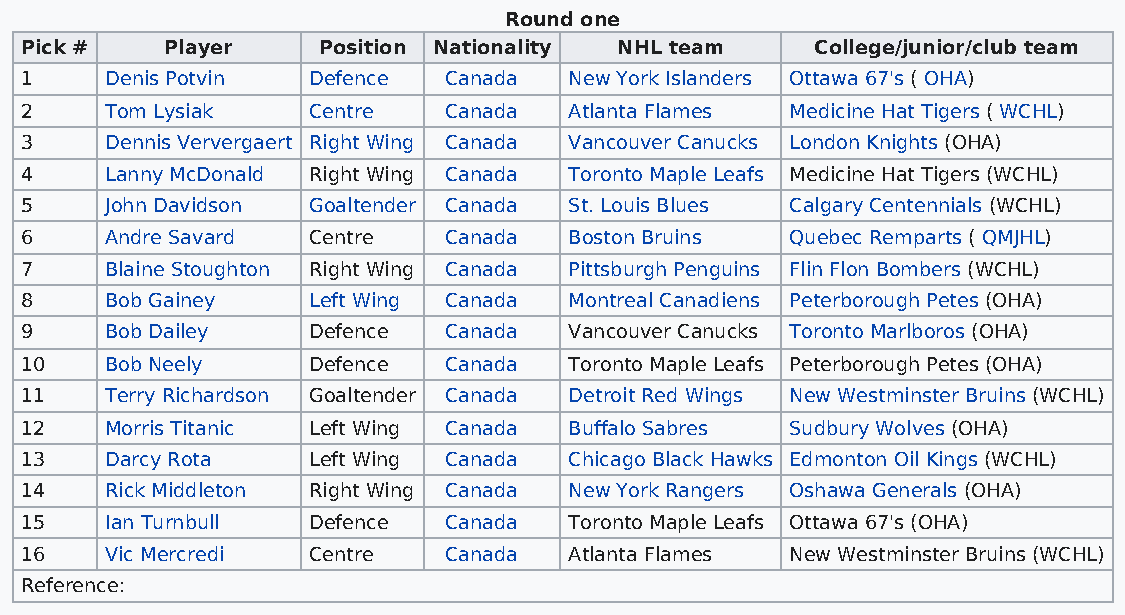
Round one
 Pick #    Player    Position Nationality NHL team    College/junior/club team
 1     Denis Potvin Defence  Canada   New York Islanders Ottawa 67's ( OHA)
 2     Tom Lysiak   Centre   Canada   Atlanta Flames Medicine Hat Tigers ( WCHL)
 3     Dennis Ververgaert Right Wing Canada Vancouver Canucks London Knights (OHA)
 4     Lanny McDonald Right Wing Canada Toronto Maple Leafs Medicine Hat Tigers (WCHL)
 5     John Davidson Goaltender Canada St. Louis Blues Calgary Centennials (WCHL)
 6     Andre Savard Centre   Canada   Boston Bruins Quebec Remparts ( QMJHL)
 7     Blaine Stoughton Right Wing Canada Pittsburgh Penguins Flin Flon Bombers (WCHL)
 8     Bob Gainey   Left Wing Canada  Montreal Canadiens Peterborough Petes (OHA)
 9     Bob Dailey   Defence  Canada   Vancouver Canucks Toronto Marlboros (OHA)
 10    Bob Neely    Defence  Canada   Toronto Maple Leafs Peterborough Petes (OHA)
 11    Terry Richardson Goaltender Canada Detroit Red Wings New Westminster Bruins (WCHL)
 12    Morris Titanic Left Wing Canada Buffalo Sabres Sudbury Wolves (OHA)
 13    Darcy Rota   Left Wing Canada  Chicago Black Hawks Edmonton Oil Kings (WCHL)
 14    Rick Middleton Right Wing Canada New York Rangers Oshawa Generals (OHA)
 15    Ian Turnbull Defence  Canada   Toronto Maple Leafs Ottawa 67's (OHA)
 16    Vic Mercredi Centre   Canada   Atlanta Flames New Westminster Bruins (WCHL)
 Reference: